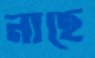
নাহে